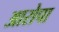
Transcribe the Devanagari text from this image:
आरोपा